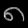
Digit: ၈